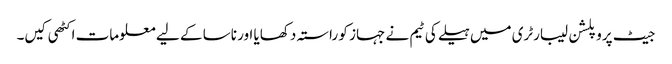
جیٹ پروپلشن لیبارٹری میں ہیلے کی ٹیم نے جہاز کو راستہ دکھایا اور ناسا کے لیے معلومات اکٹھی کیں۔